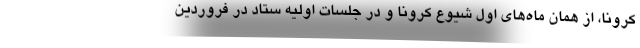
کرونا، از همان ماه‌های اول شیوع کرونا و در جلسات اولیه ستاد در فروردین